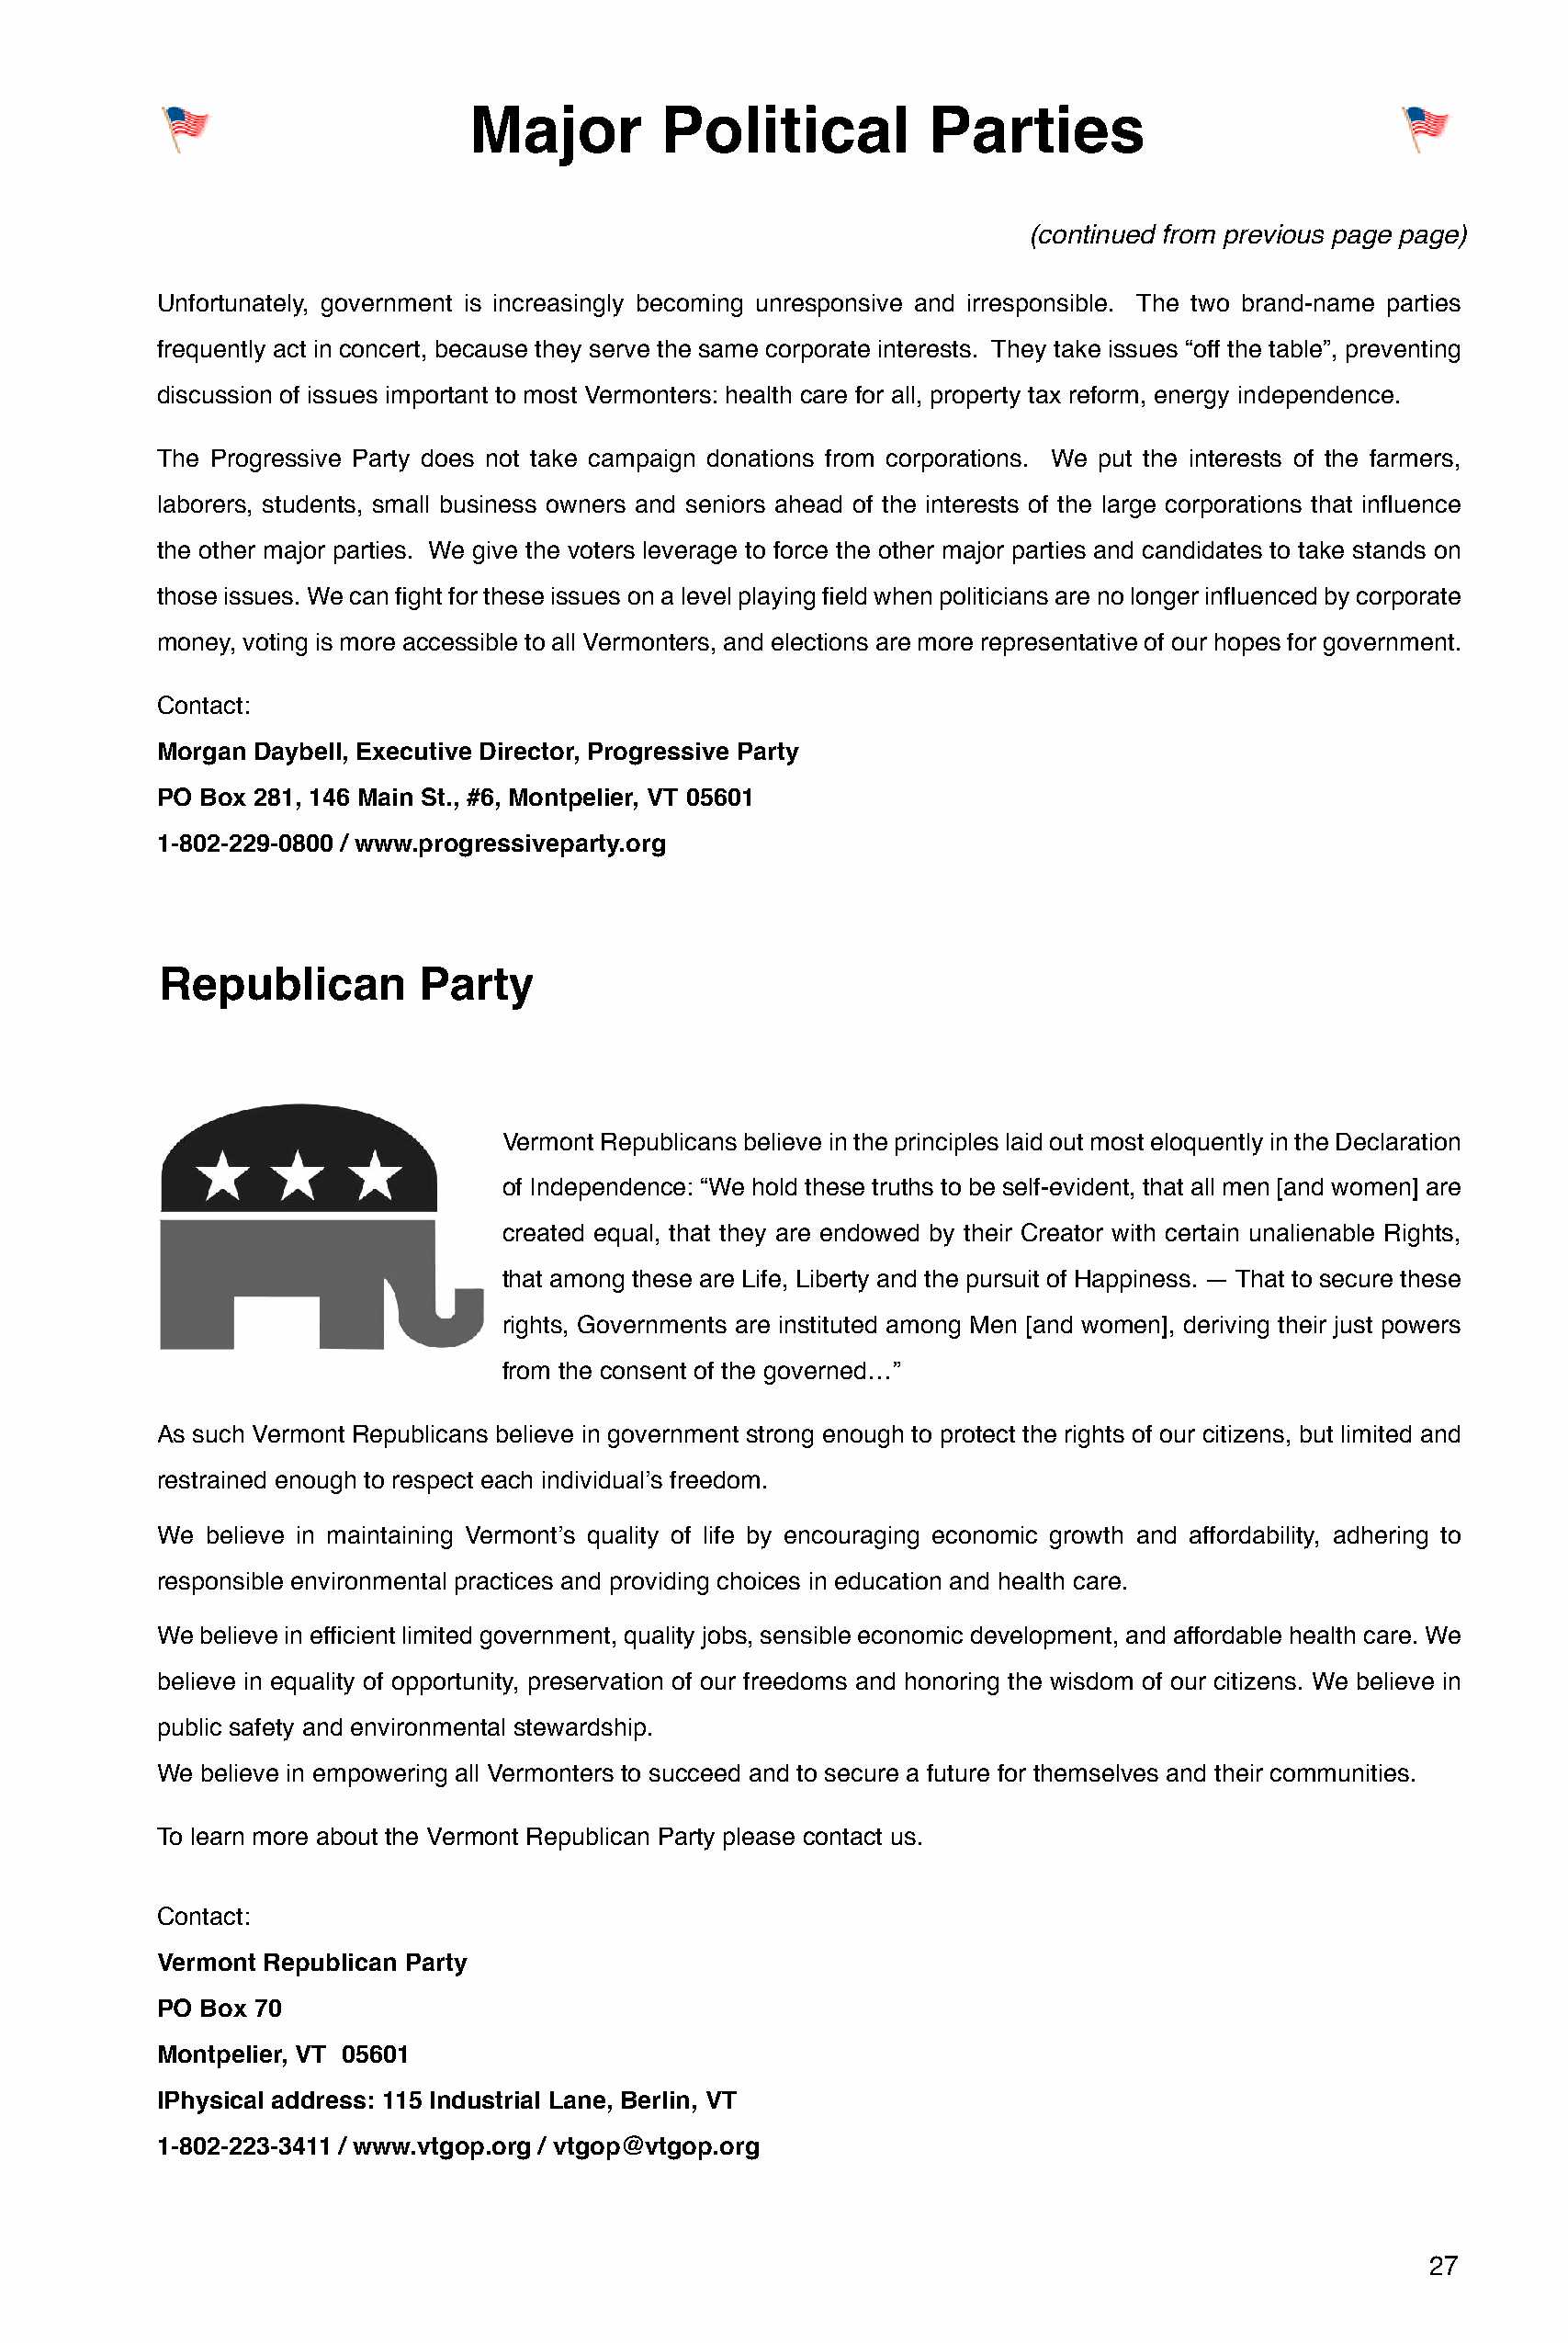
Major         Political          Parties
 (continued from previous page page)
 Unfortunately, government is increasingly becoming unresponsive and irresponsible. The two brand-name parties
 frequently act in concert, because they serve the same corporate interests. They take issues “off the table”, preventing
 discussion of issues important to most Vermonters: health care for all, property tax reform, energy independence.
 The Progressive Party does not take campaign donations from corporations. We put the interests of the farmers,
 laborers, students, small business owners and seniors ahead of the interests of the large corporations that influence
 the other major parties. We give the voters leverage to force the other major parties and candidates to take stands on
 those issues. We can fight for these issues on a level playing field when politicians are no longer influenced by corporate
 money, voting is more accessible to all Vermonters, and elections are more representative of our hopes for government.
 Contact:
 Morgan Daybell, Executive Director, Progressive Party
 PO Box 281, 146 Main St., #6, Montpelier, VT 05601
 1-802-229-0800 / www.progressiveparty.org
 Republican         Party
 Vermont Republicans believe in the principles laid out most eloquently in the Declaration
 of Independence: “We hold these truths to be self-evident, that all men [and women] are
 created equal, that they are endowed by their Creator with certain unalienable Rights,
 that among these are Life, Liberty and the pursuit of Happiness. — That to secure these
 rights, Governments are instituted among Men [and women], deriving their just powers
 from the consent of the governed…”
 As such Vermont Republicans believe in government strong enough to protect the rights of our citizens, but limited and
 restrained enough to respect each individual’s freedom.
 We  believe in maintaining Vermont’s quality of life by encouraging economic growth and affordability, adhering to
 responsible environmental practices and providing choices in education and health care.
 We believe in efficient limited government, quality jobs, sensible economic development, and affordable health care. We
 believe in equality of opportunity, preservation of our freedoms and honoring the wisdom of our citizens. We believe in
 public safety and environmental stewardship.
 We believe in empowering all Vermonters to succeed and to secure a future for themselves and their communities.
 To learn more about the Vermont Republican Party please contact us.
 Contact:
 Vermont Republican Party
 PO Box 70
 Montpelier, VT 05601
 lPhysical address: 115 Industrial Lane, Berlin, VT
 1-802-223-3411 / www.vtgop.org / vtgop@vtgop.org
 27